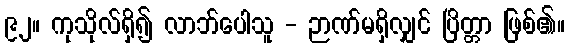
၉၂။ ကုသိုလ်ရှိ၍ လာဘ်ပေါသူ - ဉာဏ်မရှိလျှင် ပြိတ္တာ ဖြစ်၏။